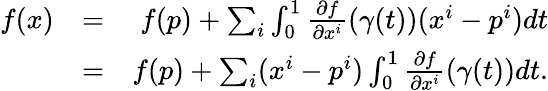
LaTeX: \begin{array}{rlr}{f(x)}&{=}&{f(p)+\sum_{i}\int_{0}^{1}\frac{\partial f}{\partial x^{i}}(\gamma(t))(x^{i}-p^{i})dt}\\ &{=}&{f(p)+\sum_{i}(x^{i}-p^{i})\int_{0}^{1}\frac{\partial f}{\partial x^{i}}(\gamma(t))dt.}\end{array}